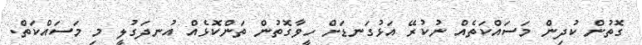
ގޮތުން ކުދިން މަސައްކަތެއް ނުކުރޭ އަޅުގަނޑަށް ހީވާގޮތުން ތަންކޮޅެއް އުނދަގުލީ މި މަސައްކަތް.